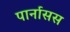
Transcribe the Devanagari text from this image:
पार्नासस